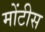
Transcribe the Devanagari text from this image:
मोंटीस